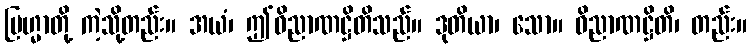
ဗြဟ္မာတို့ ကဲ့သို့တည်း။ အယံ၊ ဤဝိညာဏဋ္ဌိတိသည်။ ဒုတိယာ၊ သော။ ဝိညာဏဋ္ဌိတိ၊ တည်း။